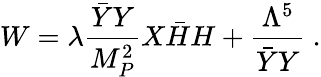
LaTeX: W=\lambda\frac{\bar{Y}Y}{M_{P}^{2}}X\bar{H}H+\frac{\Lambda^{5}}{\bar{Y}Y}~.